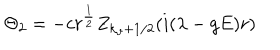
LaTeX: \Theta _ { 2 } = - c r ^ { \frac 1 2 } Z _ { k _ { \vartheta } + 1 / 2 } ( i ( \lambda - g E ) r )